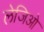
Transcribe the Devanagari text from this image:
लेजिओ